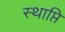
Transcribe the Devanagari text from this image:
स्थाप्ति